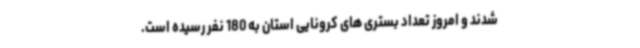
شدند و امروز تعداد بستری های کرونایی استان به 180 نفر رسیده است.